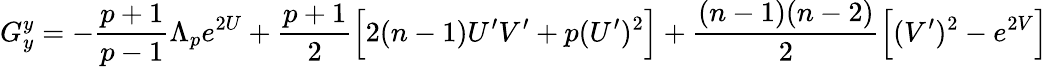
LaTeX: G_{y}^{y}=-\frac{p+1}{p-1}\Lambda_{p}e^{2U}+\frac{p+1}{2}\Big[2(n-1)U^{\prime}V^{\prime}+p(U^{\prime})^{2}\Big]+\frac{(n-1)(n-2)}{2}\Big[(V^{\prime})^{2}-e^{2V}\Big]